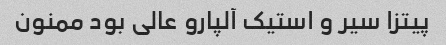
پیتزا سیر و استیک آلپارو عالی بود ممنون